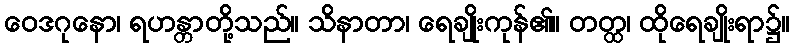
ဝေဒဂုနော၊ ရဟန္တာတို့သည်။ သိနာတာ၊ ရေချိုးကုန်၏။ တတ္ထ၊ ထိုရေချိုးရာ၌။